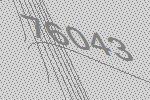
76043